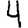
Digit: 4